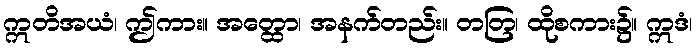
ဣတိအယံ၊ ဤကား။ အတ္ထော၊ အနက်တည်း။ တတြ၊ ထိုစကား၌။ ဣဒံ၊